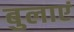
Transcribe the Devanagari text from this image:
बुलाएं